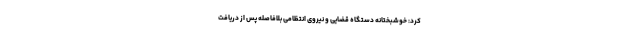
کرد: خوشبختانه دستگاه قضایی و نیروی انتظامی بلافاصله پس از دریافت